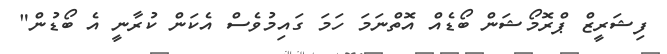
ފިޝަރީޒް ޕްރޮމޯޝަން ބޯޑެއް އޮތްނަމަ ހަމަ ގައިމުވެސް އެކަން ކުރާނީ އެ ބޯޑުން"